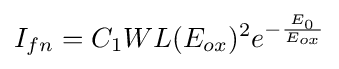
I_{fn}=C_{1}WL(E_{ox})^{2}e^{-{\frac {E_{0}}{E_{ox}}}}